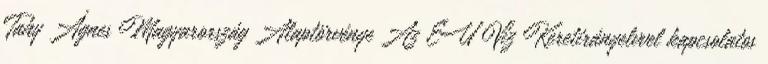
Tahy Ágnes Magyarország Alaptörvénye Az EU Víz Keretirányelvvel kapcsolatos